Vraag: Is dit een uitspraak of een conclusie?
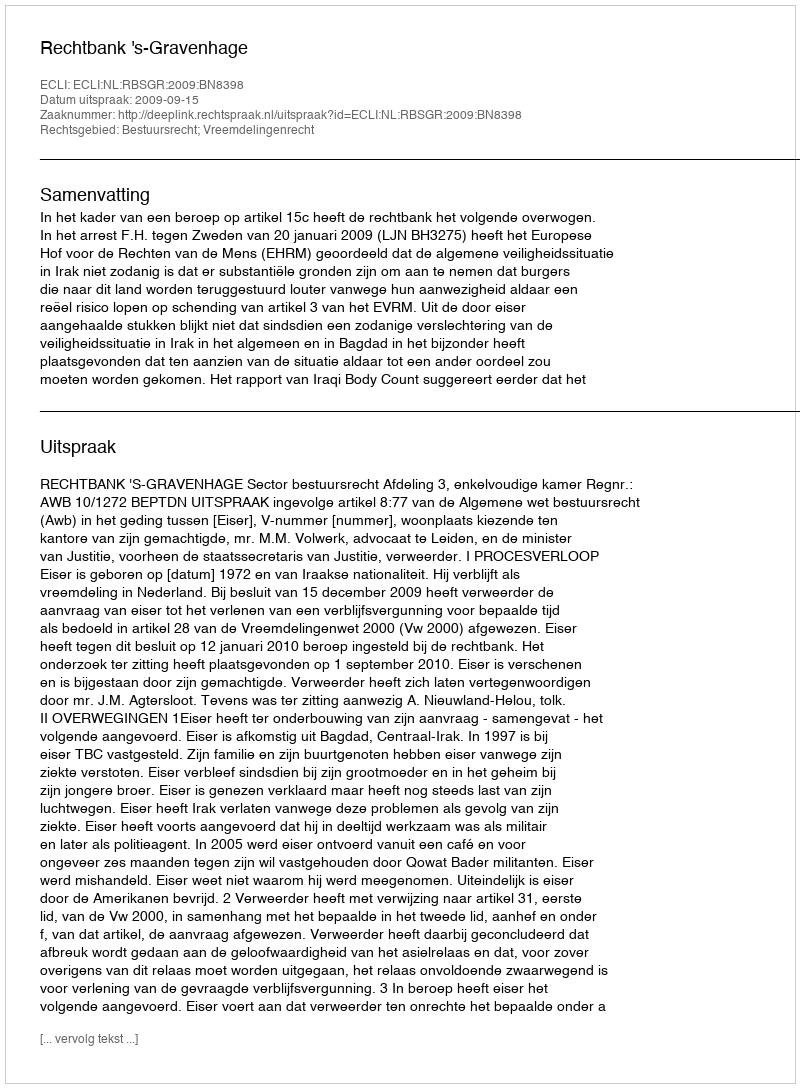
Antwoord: Uitspraak